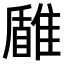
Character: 𩀐